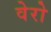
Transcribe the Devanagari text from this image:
वेरो